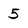
Character: 5